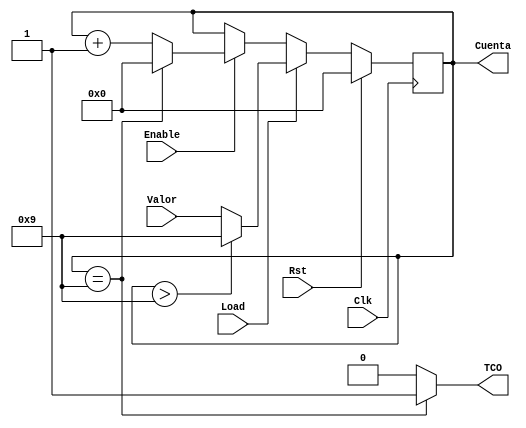
`timescale 1ns / 1ps
//////////////////////////////////////////////////////////////////////////////////
// Company: 
// Engineer: 
// 
// Design Name: 
// Module Name: Cont0a9
// Project Name: 
// Target Devices: 
// Tool Versions: 
// Description: 
// 
// Dependencies: 
// 
// Revision:
// Revision 0.01 - File Created
// Additional Comments:
// 
//////////////////////////////////////////////////////////////////////////////////


module Cont0a9(
    input Load,
    input Enable,
    input Rst,
    input Clk,
    input [3:0] Valor,
    output TCO,
    output [3:0] Cuenta
    );
    
    //Embedded signals
    reg [3:0] inc = 0;
    always @(posedge Clk)
    begin
        if (Rst)
            inc = 4'b0000;
        else if (Load)
            inc = (inc > 4'b1001) ? 4'b1001 : Valor;
        else 
            begin
            if (Enable)
                if (inc == 4'b1001)
                    inc = 4'b0000;
                else
                    inc = inc + 1'b1;
            end
    end
    
    assign Cuenta = inc;
    assign TCO = (inc == 4'b1001) ? 1'b1 : 1'b0;
    
endmodule